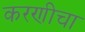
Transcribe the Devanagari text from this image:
करणीचा